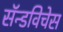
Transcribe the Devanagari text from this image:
सॅन्डविचेस